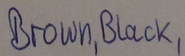
Text: Brown,Black,